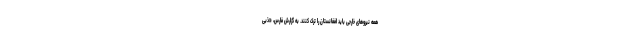
همه نیروهای خارجی باید افغانستان را ترک کنند. به گزارش فارس، «ذبی